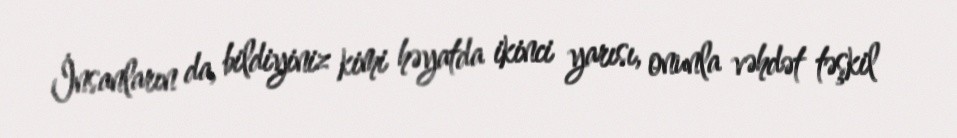
İnsanların da, bildiyiniz kimi həyatda ikinci yarısı, onunla vəhdət təşkil